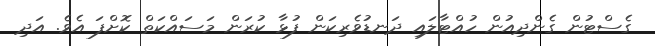
ގެސްޓުން ގެންދިއުން ހުއްޓާލައި ދަނޑުވެރިކަން ފުޅާ ކުރަން މަސައްކަތް ކޮށްފަ އެވެ. އަދި